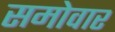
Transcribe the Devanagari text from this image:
समोवार